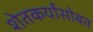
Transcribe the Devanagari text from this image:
शेतकर्यांसोबत